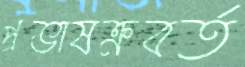
প্রভাষক্রবর্ত